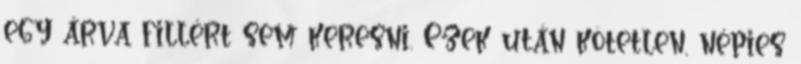
egy árva fillért sem keresni. Ezek után kö­tet­len, népies